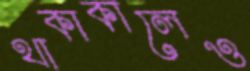
থাকাকালেও